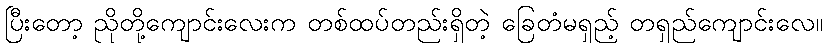
ပြီးတော့ ညိုတို့ကျောင်းလေးက တစ်ထပ်တည်းရှိတဲ့ ခြေတံမရှည့် တရှည်ကျောင်းလေ။